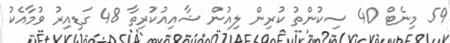
59 މިނެޓް 40 ސިކުންތު ކުރިން ލިއުން ޝާއިއުކުރިތާ 48 ގަޑިއިރު ވުމާއެކު